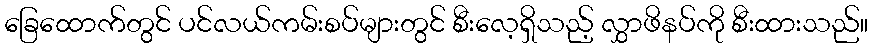
ခြေထောက်တွင် ပင်လယ်ကမ်းစပ်များတွင် စီးလေ့ရှိသည့် လွှာဖိနပ်ကို စီးထားသည်။